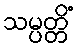
သမ္ပတ္တိံ